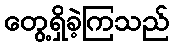
တွေ့ရှိခဲ့ကြသည်